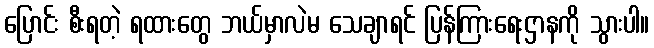
ပြောင်း စီးရတဲ့ ရထားတွေ ဘယ်မှာလဲမ သေချာရင် ပြန်ကြားရေးဌာနကို သွားပါ။